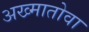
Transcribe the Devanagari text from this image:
अख्मातोवा